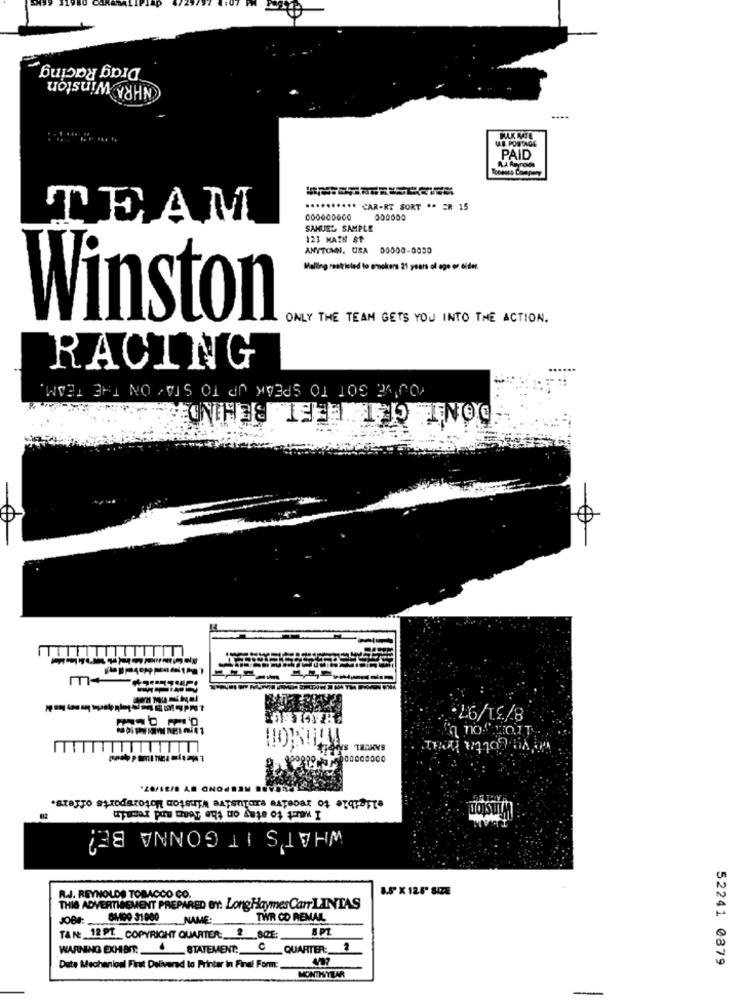
Drag Racing
NHRA Winston
PAID
CAR-RT SORT ** ER 15
TEAM
000600000
SAMUEL SAMPLE
123 MATH SP
ANYTOWN, USA 00000-0030
Melling reatt leled to smokers 21 years of age or aider.
Winston
ONLY THE TEAM GETS YOU INTO THE ACTION.
RACING
YOU'VE GOT TO SPEAK UP TO STAY ON THE TEAM
DON'T GET LEFT BEHIND
8/31/97
ve gotta beMar
SAMUEL S
eligible to receive exclusive Winston Motorsports offers.
I want to stay on the Team and remain
inston
WHAT'S IT GONNA BE?
8.5" X 12.5" SIZE
A.J. REYNOLDS TOBACCO CO.
THIS ADVERTISEMENT PREPARED BY: Long, Haymes Can LINTAS
JOBr: $409 31000 NAME:
TWR CO REMAIL
8 PZ
TAN: 12 PL. COPYRIGHT QUARTER- ? SIZE:
WARNING EXHIBIT: _ STATEMENT: C QUARTER:
52241 0879
Date Mechanionl First Delivered to Printer In Final Form:
MONTHITLAR